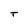
Character: T